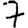
Digit: 7